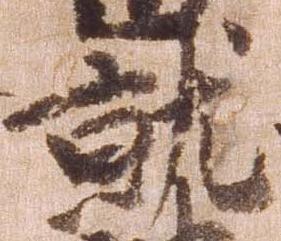
就